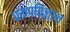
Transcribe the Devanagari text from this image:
प्ररूपविज्ञान